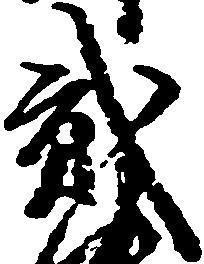
弐